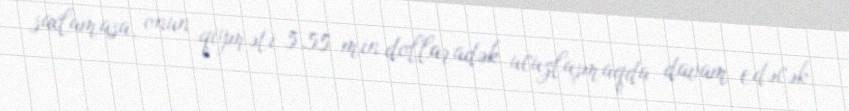
saxlamasa, onun qiyməti 5,55 min dollaradək ucuzlaşmaqda davam edəcək.